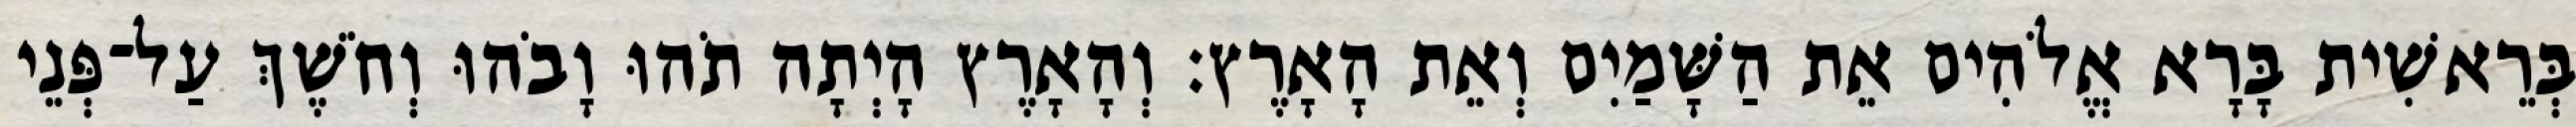
בְּרֵאשִׁית בָּרָא אֱלֹהִים אֵת הַשָּׁמַיִם וְאֵת הָאָרֶץ׃ וְהָאָרֶץ הָיְתָה תֹהוּ וָבֹהוּ וְחֹשֶׁךְ עַל־פְּנֵי